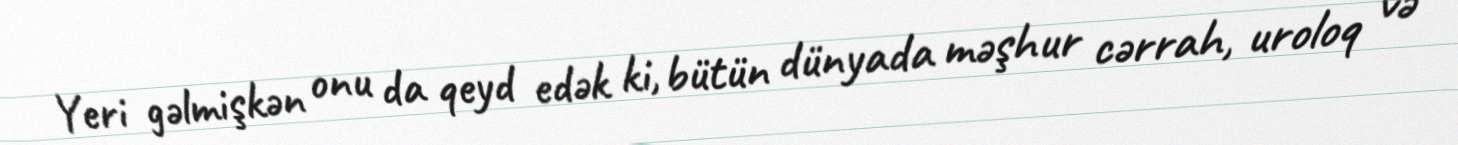
Yeri gəlmişkən onu da qeyd edək ki, bütün dünyada məşhur cərrah, uroloq və